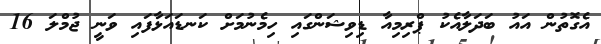
އެގޮތުން އައު ބަދަލާއެކު ޕްރިމިއާ ޑިވިޝަންގައި ހިމެނުމަށް ކަނޑައަޅާފައި ވަނީ ޖުމްލަ 16